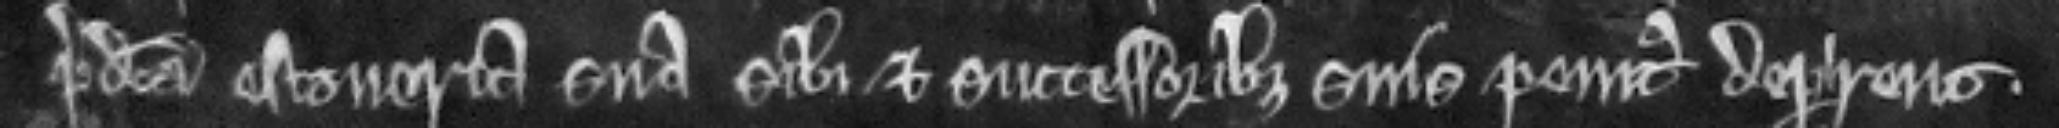
predicta estoveria sua sibi et successoribus suis penitus deperirent.